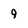
Character: 9